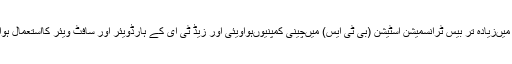
ملک میںزیادہ تر بیس ٹرانسمیشن اسٹیشن (بی ٹی ایس) میںچینی کمپنیوںہواویئی اور زیڈ ٹی ای کے ہارڈویئر اور سافٹ ویئر کااستعمال ہوا ہے۔